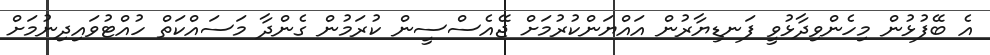
އެ ބޭފުޅުން މިހެންވިދާޅުވީ ފަނޑިޔާރުން އައްޔަންކުރުމަށް ޖޭއެސްސީން ކުރަމުން ގެންދާ މަސައްކަތް ހުއްޓުވައިދިނުމަށް